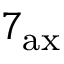
7 _ { \mathrm { a x } }